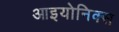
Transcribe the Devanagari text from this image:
आइयोनिक्स